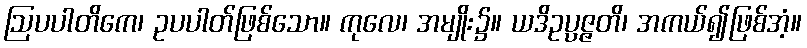
ဩပပါတိကေ၊ ဥပပါတ်ဖြစ်သော။ ကုလေ၊ အမျိုး၌။ ယဒိဥပ္ပဇ္ဇတိ၊ အကယ်၍ဖြစ်အံ့။